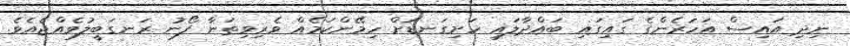
ނިދި އައިސް އަހަރެންގެ ގައިގައި ބައްދާލައި ހަށިގަނޑަށް ހިމޭންކަމެއް ވެރިވިތަނާ ފޯނު ރަނގަބީލުވެއްޖެއެވެ.